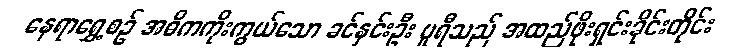
နေရာရွှေ့စဉ် အဓိကကိုးကွယ်သော ခင်နှင်းဦး ပူရီသည် အထည်ဖိုးရှင်းခိုင်းတိုင်း